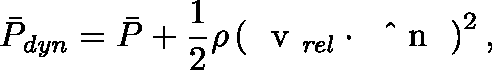
\bar { P } _ { \mathit { d y n } } = \bar { P } + \frac { 1 } { 2 } \rho \left( \mathrm { ~ \boldmath ~ v ~ } _ { \mathit { r e l } } \cdot \mathrm { ~ \boldmath ~ \hat { ~ } { ~ n ~ } ~ } \right) ^ { 2 } ,